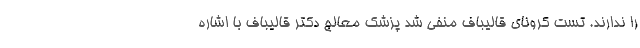
را ندارند. تست کرونای قالیباف منفی شد پزشک معالج دکتر قالیباف با اشاره